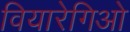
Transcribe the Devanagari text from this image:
वियारेगिओ